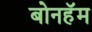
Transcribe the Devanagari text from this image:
बोनहॅम